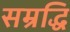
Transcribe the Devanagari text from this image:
सम्रद्धि